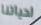
لحياتنا